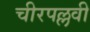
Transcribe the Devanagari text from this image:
चीरपल्लवी